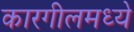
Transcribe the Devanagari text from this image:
कारगीलमध्ये